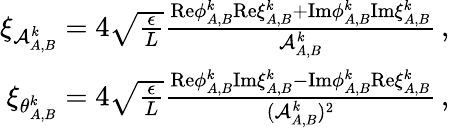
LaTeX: \begin{array}{r}{\xi_{\mathcal{A}_{A,B}^{k}}=4\sqrt{\frac{\epsilon}{L}}\frac{\mathrm{Re}{\phi}_{A,B}^{k}\mathrm{Re}\xi_{A,B}^{k}+\mathrm{Im}{\phi}_{A,B}^{k}\mathrm{Im}\xi_{A,B}^{k}}{\mathcal{A}_{A,B}^{k}}\, ,}\\ {\xi_{\theta_{A,B}^{k}}=4\sqrt{\frac{\epsilon}{L}}\frac{\mathrm{Re}{\phi}_{A,B}^{k}\mathrm{Im}\xi_{A,B}^{k}-\mathrm{Im}{\phi}_{A,B}^{k}\mathrm{Re}\xi_{A,B}^{k}}{(\mathcal{A}_{A,B}^{k})^{2}}\, ,}\end{array}